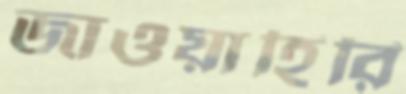
জাওয়াহিরি